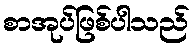
စာအုပ်ဖြစ်ပါသည်